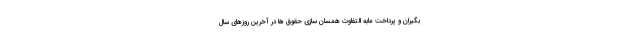
بگیران و پرداخت مابه التفاوت همسان سازی حقوق ها در آخرین روزهای سال